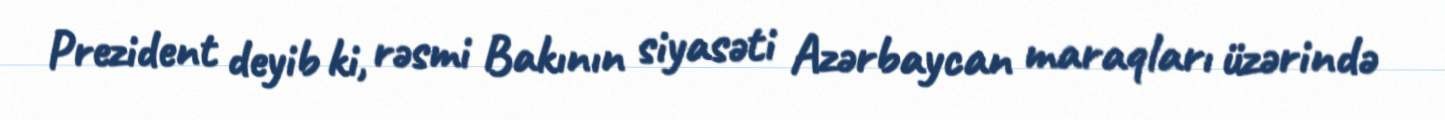
Prezident deyib ki, rəsmi Bakının siyasəti Azərbaycan maraqları üzərində